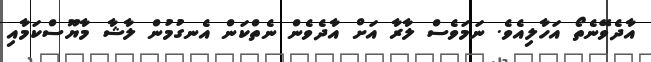
އާދެވޭނެތޯ އަހާލިއެވެ. ނަމަވެސް ލާރާ އަށް އާދެވެން ނެތްކަން އެނގުމުން ލާޝާ މާޔޫސްކަމާއި